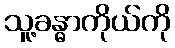
သူ့ခန္ဓာကိုယ်ကို